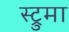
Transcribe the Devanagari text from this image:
स्ट्रुमा